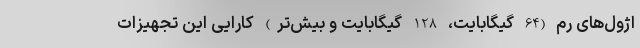
اژول‌های رم (64 گیگابایت، 128 گیگابایت و بیش‌تر) کارایی این تجهیزات